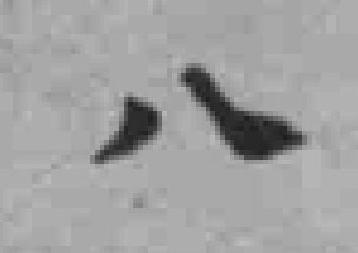
八